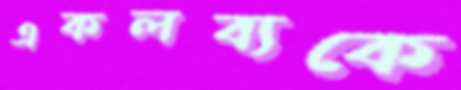
একলব্যকে